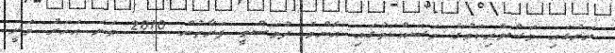
ރަށުގައި މަސްވެރިކަމުގެ މަސައްކަތުގައި އެންމެ ދުވަސްވީ ފަރާތުން 2010 ވަނަ އަހަރު ވަނީ